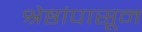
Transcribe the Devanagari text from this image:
श्रेष्ठांपासून